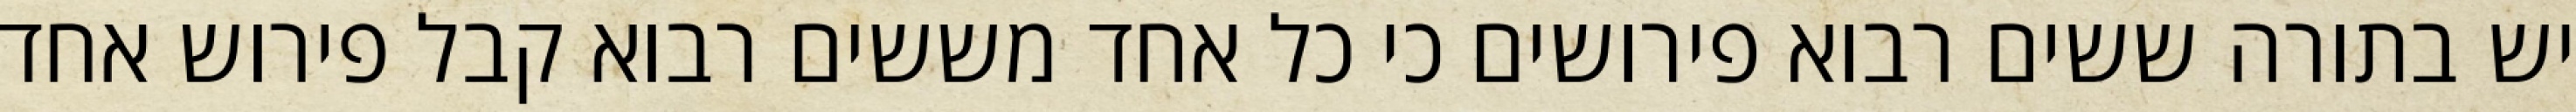
יש בתורה ששים רבוא פירושים כי כל אחד מששים רבוא קבל פירוש אחד